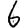
Digit: 6